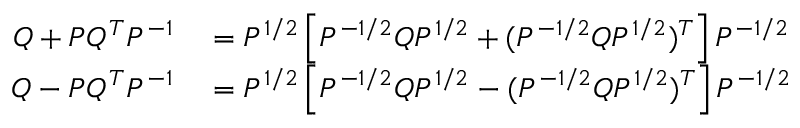
\begin{array} { r l } { Q + P Q ^ { T } P ^ { - 1 } } & { { } = P ^ { 1 / 2 } \left[ P ^ { - 1 / 2 } Q P ^ { 1 / 2 } + ( P ^ { - 1 / 2 } Q P ^ { 1 / 2 } ) ^ { T } \right] P ^ { - 1 / 2 } } \\ { Q - P Q ^ { T } P ^ { - 1 } } & { { } = P ^ { 1 / 2 } \left[ P ^ { - 1 / 2 } Q P ^ { 1 / 2 } - ( P ^ { - 1 / 2 } Q P ^ { 1 / 2 } ) ^ { T } \right] P ^ { - 1 / 2 } } \end{array}